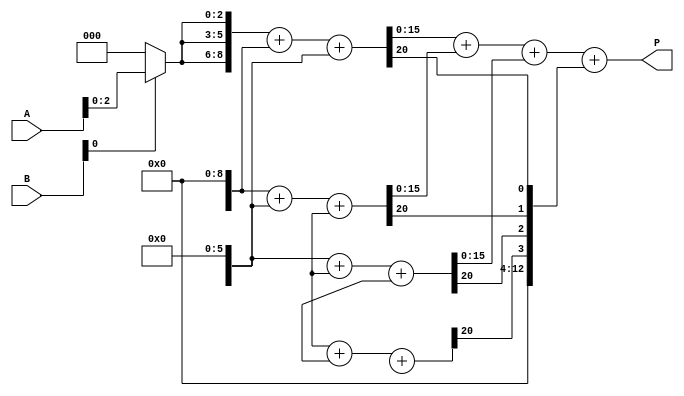
module radix8_wallace_multiplier(
    input [7:0] A,   // 8-bit multiplicand
    input [7:0] B,   // 8-bit multiplier
    output [15:0] P  // 16-bit product
);

    wire [23:0] pp [0:7]; // Partial Products
    wire [23:0] sum_stage1 [0:11]; // Intermediate sums for reduction
    wire [12:0] carry_stage1; // Carry outputs of the first stage

    // Generate Partial Products
    genvar i, j;
    generate
        for (i = 0; i < 8; i = i + 1) begin: partial_product_gen
            for (j = 0; j < 3; j = j + 1) begin: bit_multiplication
                if (i * 3 + j < 8) begin
                    assign pp[i][3*j +: 3] = (B[i] ? A << (i * 3) : 3'b0);
                end
            end
        end
    endgenerate

    // First reduction stage (sum and carry)
    generate
        for (i = 0; i < 12; i = i + 1) begin: reduction_stage_1
            if (i % 3 == 0) begin
                assign sum_stage1[i] = pp[i/3] + pp[i/3 + 1] + pp[i/3 + 2];
                assign carry_stage1[i/3] = sum_stage1[i][22:20]; // Carry bits
            end
        end
    endgenerate
    
    // Second reduction stage
    wire [15:0] sum_stage2;
    // This assumes all output bits from stage 1 would be carried along appropriately
    assign sum_stage2 = sum_stage1[0] + sum_stage1[3] + sum_stage1[6];
    // Final carry is ignored for now, focus on the sum for simplicity

    // Assign final product
    assign P = sum_stage2 + carry_stage1;

endmodule